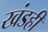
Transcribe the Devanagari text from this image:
खंडही